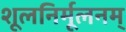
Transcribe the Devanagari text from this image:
शूलनिर्मूलनम्